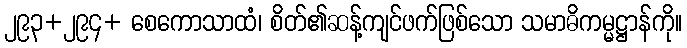
၂၉၃+၂၉၄+ စေကောသာထံ၊ စိတ်၏ဆန့်ကျင်ဖက်ဖြစ်သော သမာဓိကမ္မဋ္ဌာန်ကို။